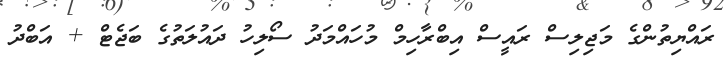
ރައްޔިތުންގެ މަޖިލިސް ރައީސް އިބްރާހިމް މުހައްމަދު ސޯލިހު ދައުލަތުގެ ބަޖެޓް + އަބްދު